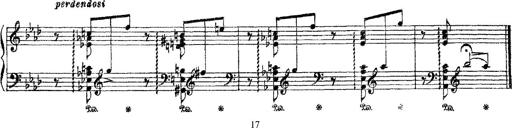
Title: 3 sonetti di Petrarca
Composer: Franz Liszt